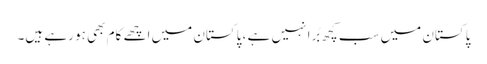
پاکستان میں سب کچھ بُرا نہیں ہے ، پاکستان میں اچھے کام بھی ہو رہے ہیں۔